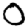
Digit: 0